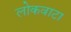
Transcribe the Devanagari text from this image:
लोकवाटा